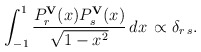
\begin{align*}\int_{-1}^1{P_r^{\bf V}(x)P_s^{\bf V}(x)\over{\sqrt{1-x^2}}}\,dx\, \propto\delta_{r\,s}.\end{align*}